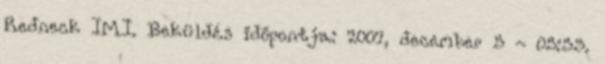
Redneck IMI. Beküldés időpontja: 2007, december 5 - 05:33.